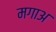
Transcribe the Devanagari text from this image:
मगाअ